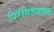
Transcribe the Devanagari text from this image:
पिरॅमिडजवळ